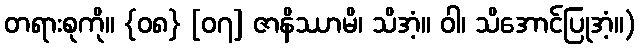
တရားစုကို။ {၀၈} [၀၇] ဇာနိဿာမိ၊ သိအံ့။ ဝါ၊ သိအောင်ပြုအံ့။)